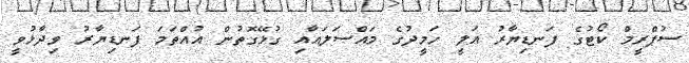
ސުޕްރީމް ކޯޓުގެ ފަނޑިޔާރު އަލީ ހަމީދުގެ މައްސަލައާއި ގުޅޭގޮތުން އުއްތަމަ ފަނޑިޔާރު ވިދާޅުވީ